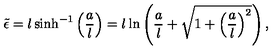
\tilde { \epsilon } = l \sinh ^ { - 1 } \left( \frac { a } { l } \right) = l \ln \left( \frac { a } { l } + \sqrt { 1 + \left( \frac { a } { l } \right) ^ { 2 } } \right) ,